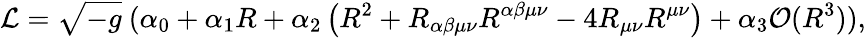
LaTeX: {\mathcal{L}}={\sqrt{-g}}\ (\alpha_{0}+\alpha_{1}R+\alpha_{2}\left(R^{2}+R_{\alpha\beta\mu\nu}R^{\alpha\beta\mu\nu}-4R_{\mu\nu}R^{\mu\nu}\right)+\alpha_{3}{\mathcal{O}}(R^{3})),